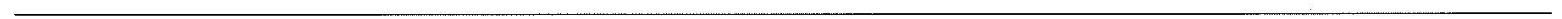
___